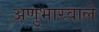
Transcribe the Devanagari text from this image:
अणुभारवाले